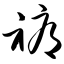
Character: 褥